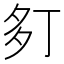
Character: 𫯍